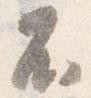
不